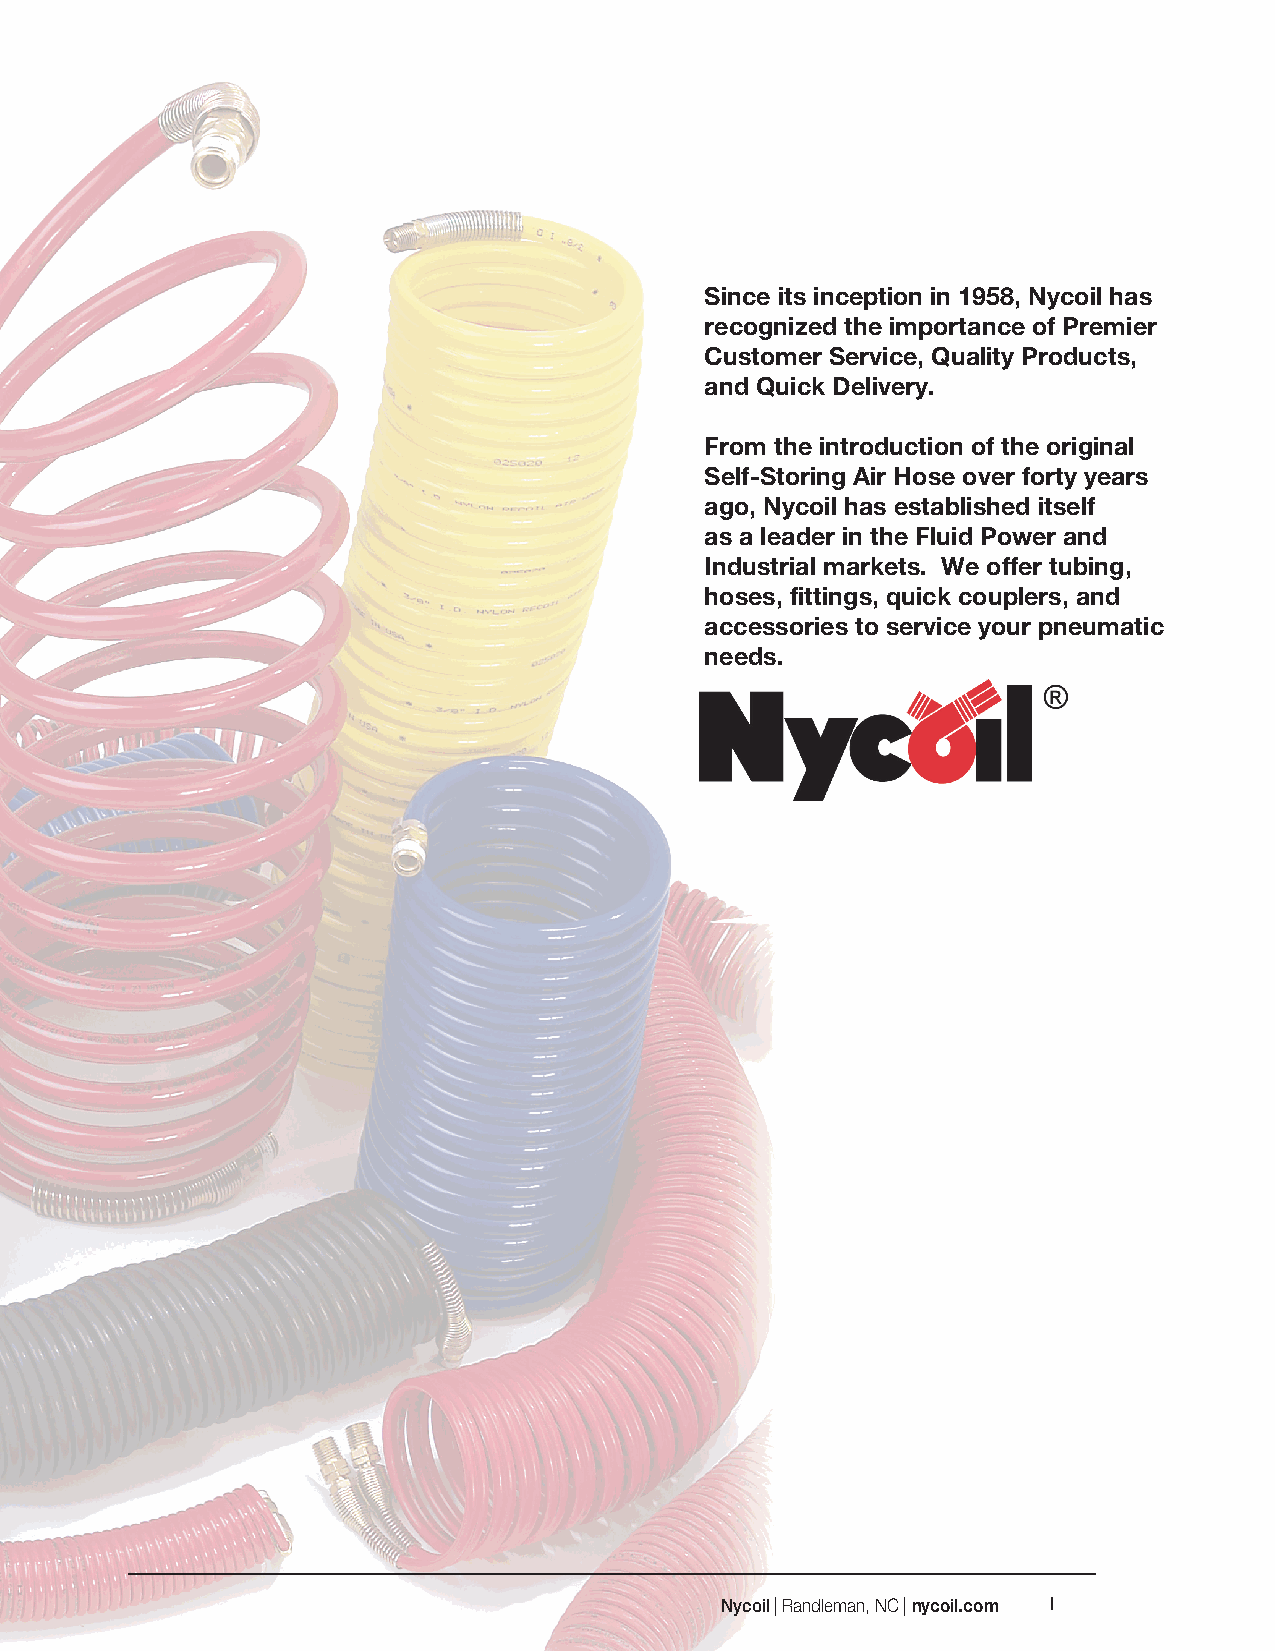
Since its inception in 1958, Nycoil has
 recognized the importance of Premier
 Customer Service, Quality Products,
 and Quick Delivery.
 From the introduction of the original
 Self-Storing Air Hose over forty years
 ago, Nycoil has established itself
 as a leader in the Fluid Power and
 Industrial markets. We offer tubing,
 hoses, fittings, quick couplers, and
 accessories to service your pneumatic
 needs.
 Nycoil | Randleman, NC | nycoil.com I